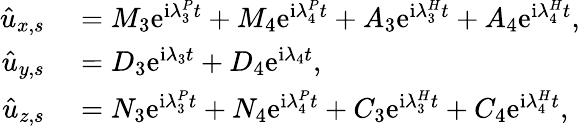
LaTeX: \begin{array}{rl}{\hat{u}_{x,s}}&{{}=M_{3}\mathrm{e}^{\mathrm{i}\lambda_{3}^{P}t}+M_{4}\mathrm{e}^{\mathrm{i}\lambda_{4}^{P}t}+A_{3}\mathrm{e}^{\mathrm{i}{\lambda}_{3}^{H}t}+A_{4}\mathrm{e}^{\mathrm{i}{\lambda}_{4}^{H}t},}\\ {\hat{u}_{y,s}}&{{}=D_{3}\mathrm{e}^{\mathrm{i}\lambda_{3}t}+D_{4}\mathrm{e}^{\mathrm{i}\lambda_{4}t},}\\ {\hat{u}_{z,s}}&{{}=N_{3}\mathrm{e}^{\mathrm{i}\lambda_{3}^{P}t}+N_{4}\mathrm{e}^{\mathrm{i}\lambda_{4}^{P}t}+C_{3}\mathrm{e}^{\mathrm{i}{\lambda}_{3}^{H}t}+C_{4}\mathrm{e}^{\mathrm{i}{\lambda}_{4}^{H}t},}\end{array}